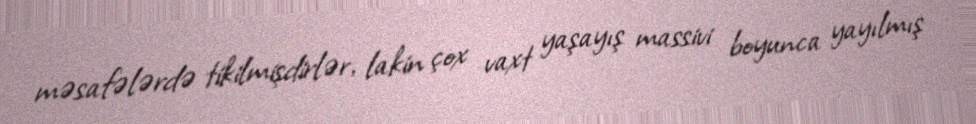
məsafələrdə tikilmişdirlər, lakin çox vaxt yaşayış massivi boyunca yayılmış